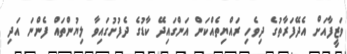
ވަޒީފާއަށް އެދޭފަރާތުގެ ދިވެހި ރައްޔިތެއްކަން އަންގައިދޭ ކާޑުގެ ދެފުށުގައިވާ ލިޔުންތައް ފެންނަ އަދި